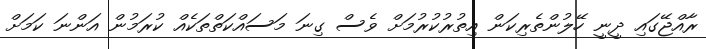
ރާއްޖޭގައި ދީނީ ހޭލުންތެރިކަން އިތުރުކުރުމަށް ވެސް ގިނަ މަސައްކަތްތަކެއް ކުރަމުން އަންނަ ކަމަށް